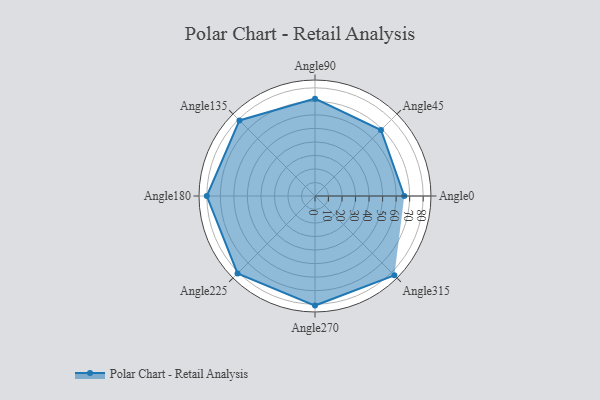
{"axis": {"x": "Angle", "y": "Radius"}, "legend": [""], "data": [{"x": "Angle0", "y": 66.0, "type": ""}, {"x": "Angle45", "y": 69.0, "type": ""}, {"x": "Angle90", "y": 72.0, "type": ""}, {"x": "Angle135", "y": 79.0, "type": ""}, {"x": "Angle180", "y": 80.0, "type": ""}, {"x": "Angle225", "y": 81.0, "type": ""}, {"x": "Angle270", "y": 81.0, "type": ""}, {"x": "Angle315", "y": 83.0, "type": ""}]}